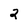
Character: 2